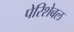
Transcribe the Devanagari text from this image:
पेरिशेबल